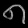
Digit: ၈